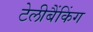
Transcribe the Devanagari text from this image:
टेलीबैंकिंग